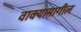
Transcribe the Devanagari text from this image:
वाक्यामागील